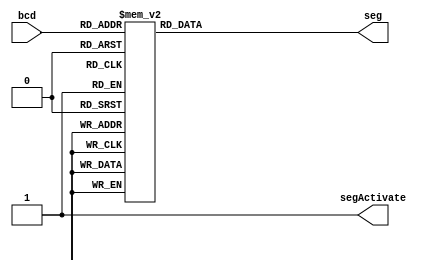
`timescale 1ns / 1ps
//////////////////////////////////////////////////////////////////////////////////
// Company: 
// Engineer: 
// 
// Design Name: 
// Module Name: Display7
// Project Name: 
// Target Devices: 
// Tool Versions: 
// Description: 
// 
// Dependencies: 
// 
// Revision:
// Revision 0.01 - File Created
// Additional Comments:
// 
//////////////////////////////////////////////////////////////////////////////////


module Display7 (

    bcd,
    seg,
    segActivate
);

  //Declare inputs,outputs and internal variables.
  input [3:0] bcd;
  output [6:0] seg;
  output reg segActivate;
  reg [6:0] seg;

  //always block for converting bcd digit into 7 segment format
  always @(bcd) begin
    segActivate = 1;
    case (bcd)  //case statement
      0: seg = 7'b0000001;
      1: seg = 7'b1001111;
      2: seg = 7'b0010010;
      3: seg = 7'b0000110;
      4: seg = 7'b1001100;
      5: seg = 7'b0100100;
      6: seg = 7'b0100000;
      7: seg = 7'b0001111;
      8: seg = 7'b0000000;
      9: seg = 7'b0000100;
      //switch off 7 segment character when the bcd digit is not a decimal number.
      default: seg = 7'b1111111;
    endcase
  end

endmodule